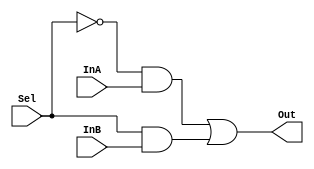
/* ***************************************************************\
| Name of program : Lab6
| Author : Charles Heckel
| Date Created : 6/07/2018
| Date last updated : 6/07/2018
| Function : Chooses between two input bits
| Method : Uses boolean logic to select exactly one output
| Inputs :	InA	- one of two bits to be chosen from
|				InB	- one of two bits to be chosen from
|				Sel	- chooses which of the two inputs becomes output
| Output :	Out	- single bit chosen from input values
| Additional Comments : (Extras)
\*****************************************************************/

module Mux2to1(InA, InB, Sel, Out);
	//variables
	input InA, InB, Sel;
	output wire Out;
	
	
	// implementation
	// use boolean arithmetic to select either A or B based on value of Sel
	// x----AND
	//      GATE --+
	//   +--HERE   |
	//   |         |
	//  NOT        +--OR
	//  GATE          GATE --- m
	//   |         +--HERE
	// s-+--AND    |
	//      GATE---+
	// y----HERE
	//
	//  s | m
	// ---+---
	//  0 | x
	//  1 | y
	//
	assign Out=(~Sel & InA) | (Sel & InB); 
	
endmodule